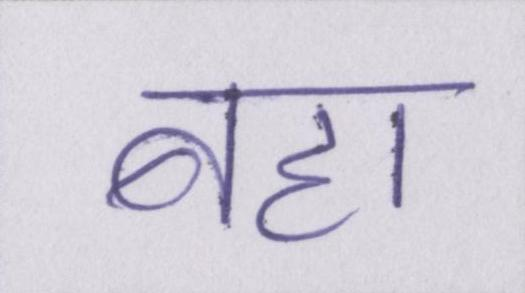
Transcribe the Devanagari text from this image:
बहा